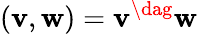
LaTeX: (\mathbf{v},\mathbf{w})=\mathbf{v}^{\dag}\mathbf{w}